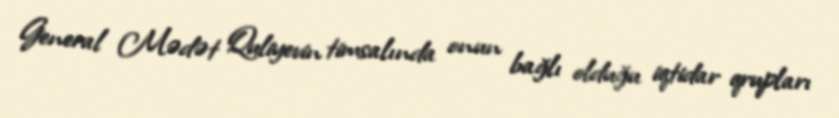
General Mədət Quliyevin timsalında onun bağlı olduğu iqtidar qrupları